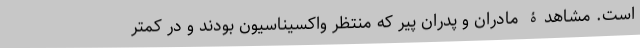
است. مشاهدۀ مادران و پدران پیر که منتظر واکسیناسیون بودند و در کمتر